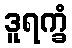
ဒူရက္ခံ